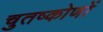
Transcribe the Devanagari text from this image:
चुतष्कोणों